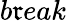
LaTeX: b\mathfrak{r}eak